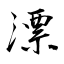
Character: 漂